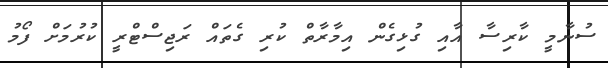
ސުނާމީ ކާރިސާ އާއި ގުޅިގެން އިމާރާތް ކުރި ގެތައް ރަޖިސްޓްރީ ކުރުމަށް ފޯމު